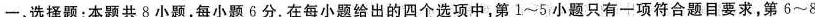
-、选择题：本题共8小题，每小题6分。在每小题给出的四个选项中，第1~5小题只有一项符合题目要求，第6~8